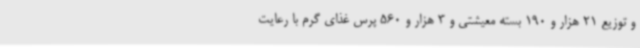
و توزیع 21 هزار و 190 بسته معیشتی و 3 هزار و 560 پرس غذای گرم با رعایت